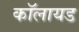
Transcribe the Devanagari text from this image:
कॉलायड